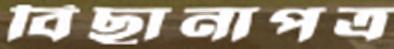
বিছানাপত্র